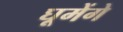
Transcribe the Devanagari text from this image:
घूमेंगे